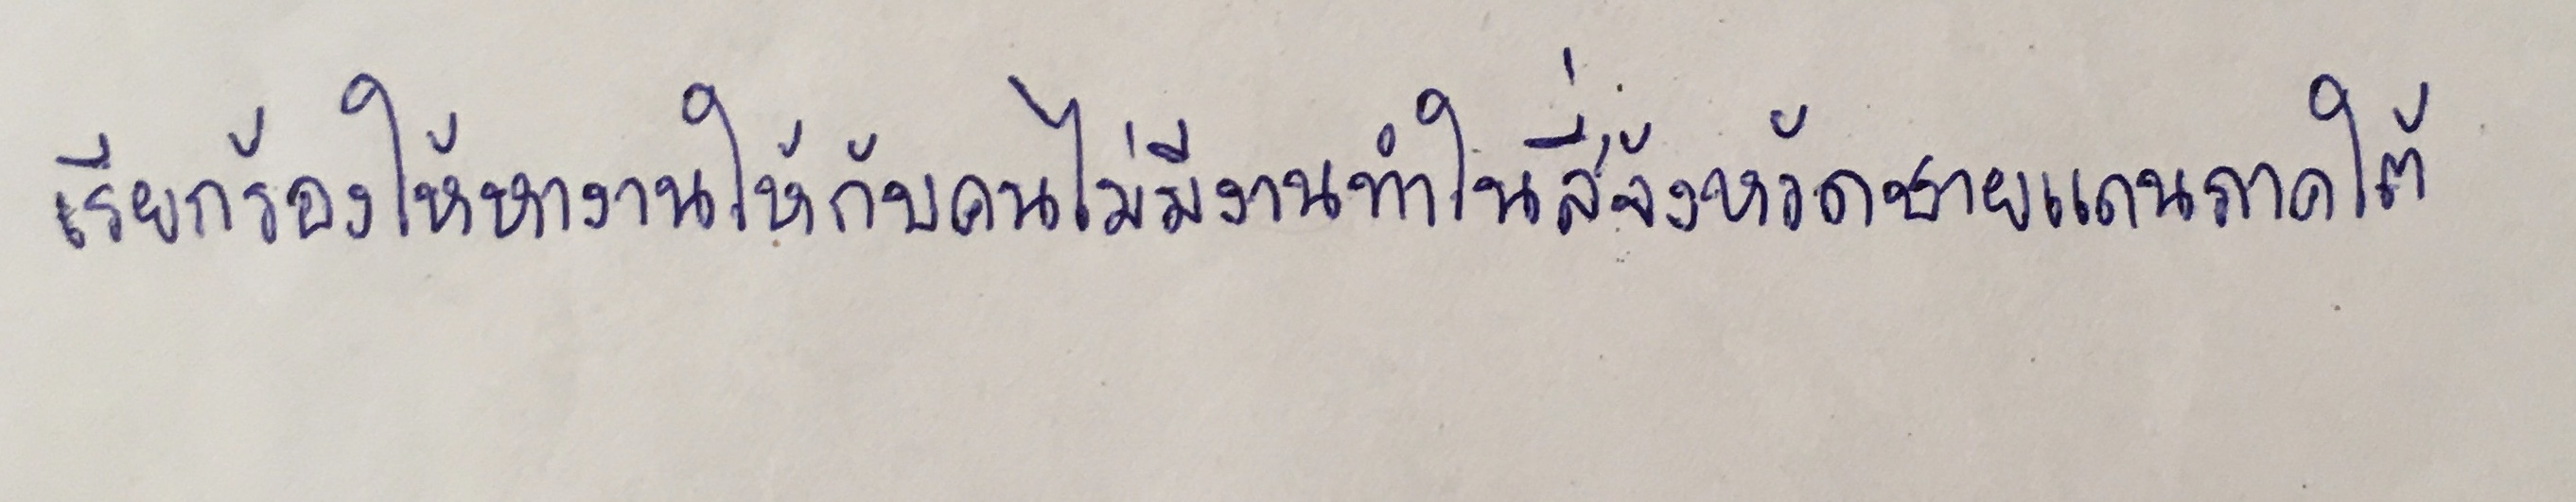
เรียกร้องให้หางานให้กับคนไม่มีงานทำในสี่จังหวัดชายแดนภาคใต้